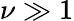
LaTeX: \nu\gg 1